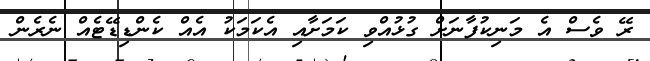
ރޭ ވެސް އެ މަނިކުފާނަށް ގުޅުއްވި ކަމަށާއި އެކަމަކު އެއް ކެންޑިޑޭޓެއް ނެރެން